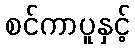
စင်ကာပူနှင့်